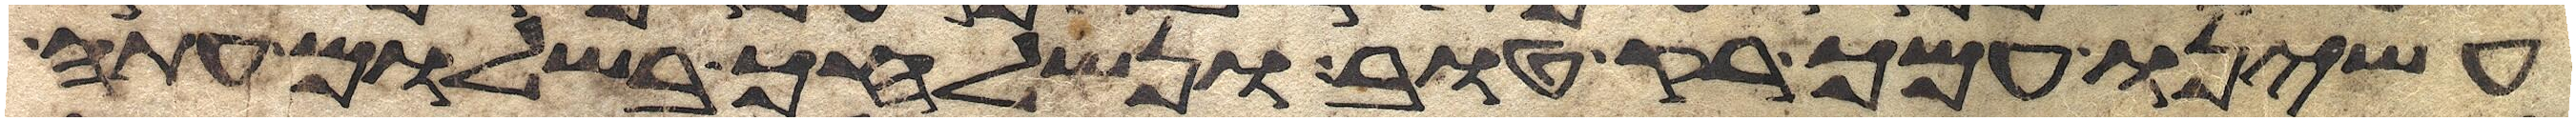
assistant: עשינו עמך רק טוב ונשלחך בשלום עתה